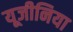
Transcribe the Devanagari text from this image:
यूजीनिया